Annual administration report of the Bombay Presidency - 1887-1892
Year: 1887
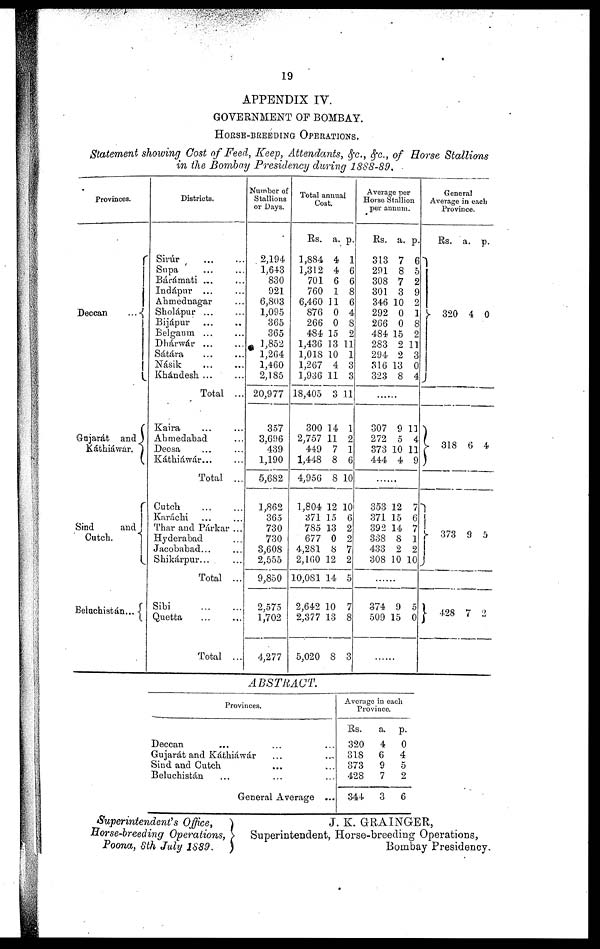
19
APPENDIX IV.
GOVERNMENT OF BOMBAY.
HORSE-BREEDING OPERATIONS.
Statement showing Cost of Feed, Keep, Attendants, &c., &c., of Horse Stallions
in the Bombay Presidency during 1888-89.
Provinces.
Deccan
...
Gujarát and
Káthiáwár.
Sind
and
Cutch.
Beluchistán...
Districts.
Sirúr ... ...
Supa ... ...
Bárámati ... ...
Indápur ... ...
Ahmednagar ...
Sholápur ... ...
Bijápur ... ...
Belgaum ... ...
Dhárwár ... ...
Sátára ... ...
Násik
...
...
Khándesh ... ...
Total ...
Kaira ... ...
Ahmedabad ...
Deesa ... ...
Káthiáwár... ...
Total ...
Cutch ... ...
Karáchi ... ...
Thar and Párkar ...
Hyderabad ...
Jacobabad... ...
Shikárpur... ...
Total ...
Sibi
...
...
Quetta ... ...
Total ...
Number of
Stallions
or Days.
2,194
1,643
830
921
6,803
1,095
365
365
1,852
1,264
1,460
2,185
20,977
357
3,696
439
1,190
5,682
1,862
365
730
730
3,608
2,555
9,850
2,575
1,702
4,277
Total annual
Cost.
Rs.
1,884
1,312
701
760
6,460
876
266
484
1,436
1,018
1,267
1,936
18,405
300
2,757
449
1,448
4,956
1,804
371
785
677
4,281
2,160
10,081
2,642
2,377
5,020
a.
4
4
6
1
11
0
0
15
13
10
4
11
3
14
11
7
8
8
12
15
13
0
8
12
14
10
13
8
p.
1
6
6
8
6
4
8
2
11
1
3
3
11
1
2
1
6
10
10
6
2
2
7
2
5
7
8
3
Average per
Horse Stallion
per annum.
Rs.
313
291
308
301
346
292
266
484
283
294
316
323
a.
7
8
7
3
10
0
0
15
2
2
13
8
p.
6
5
2
9
2
1
8
2
11
3
0
4
......
307
272
373
444
9
5
10
4
11
4
11
9
.....
353
371
392
338
433
308
12
15
14
8
2
10
7
6
7
1
2
10
.....
374
509
9
15
5
0
.....
General
Average in each
Province.
Rs.
320
318
373
428
a.
4
6
9
7
p.
0
4
5
2
ABSTRACT.
Provinces.
Deccan ... ... ...
Gujarát and Káthiáwár ... ...
Sind and Cutch ... ...
Beluchistán ... ... ...
General Average ...
Average in each
Province.
Rs.
320
318
373
428
344
a.
4
6
9
7
3
p.
0
4
5
2
6
Superintendent's Office,
Horse-breeding Operations,
Poona, 8th July 1889.
J. K. GRAINGER,
Superintendent, Horse-breeding Operations,
Bombay Presidency.